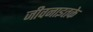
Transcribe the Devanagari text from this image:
जीवनाइतके